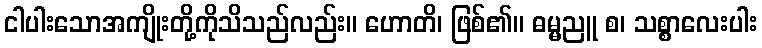
ငါပါးသောအကျိုးတို့ကိုသိသည်လည်း။ ဟောတိ၊ ဖြစ်၏။ ဓမ္မညူ စ၊ သစ္စာလေးပါး